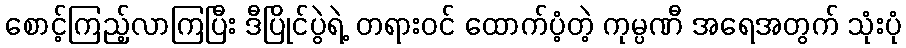
စောင့်ကြည့်လာကြပြီး ဒီပြိုင်ပွဲရဲ့ တရားဝင် ထောက်ပံ့တဲ့ ကုမ္ပဏီ အရေအတွက် သုံးပုံ